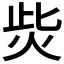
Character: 𤇬